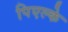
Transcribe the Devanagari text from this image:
पिएल्के